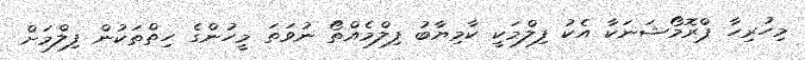
މިހުރިހާ ޕްރޮމޯޝަނަކާ އެކު ފިލްމަކީ ކާމިޔާބު ފިލްމެއްތޯ ނުވަތަ މީހުންގެ ހިތްތަކުން ފިލްމަށް